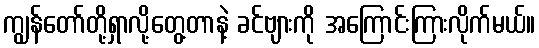
ကျွန်တော်တို့ရှာလို့တွေ့တာနဲ့ ခင်ဗျားကို အကြောင်းကြားလိုက်မယ်။